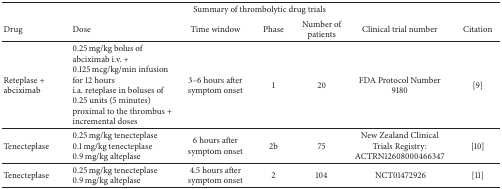
| <COLSPAN=7> Summary of thrombolytic drug trials |
 | Drug | Dose | Time window | Phase | Number of patients | Clinical trial number | Citation |
 | --- | --- | --- | --- | --- | --- | --- |
 | Reteplase + abciximab | 0.25 mg/kg bolus of abciximab i.v. + 0.125 mcg/kg/min infusion for 12 hoursi.a. reteplase in boluses of 0.25 units (5 minutes) proximal to the thrombus + incremental doses | 3–6 hours after symptom onset | 1 | 20 | FDA Protocol Number 9180 | [9] |
 | Tenecteplase | 0.25 mg/kg tenecteplase0.1 mg/kg tenecteplase0.9 mg/kg alteplase | 6 hours after symptom onset | 2b | 75 | New Zealand Clinical Trials Registry: ACTRN12608000466347 | [10] |
 | Tenecteplase | 0.25 mg/kg tenecteplase0.9 mg/kg alteplase | 4.5 hours after symptom onset | 2 | 104 | NCT01472926 | [11] |